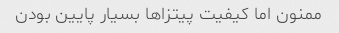
ممنون اما کیفیت پیتزاها بسیار پایین بودن